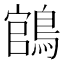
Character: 𬷡